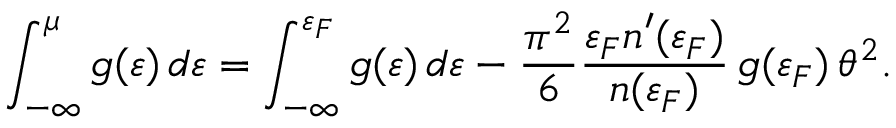
\int _ { - \infty } ^ { \mu } g ( \varepsilon ) \, d \varepsilon = \int _ { - \infty } ^ { \varepsilon _ { F } } g ( \varepsilon ) \, d \varepsilon - \frac { \pi ^ { 2 } } { 6 } \frac { \varepsilon _ { F } n ^ { \prime } ( \varepsilon _ { F } ) } { n ( \varepsilon _ { F } ) } \, g ( \varepsilon _ { F } ) \, \theta ^ { 2 } .